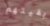
بقيتهم